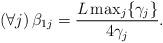
LaTeX: \begin{align*}\left(\forall j \right) \beta_{1j} = \frac{L\max_j\{\gamma_j\}}{4\gamma_j}.\end{align*}